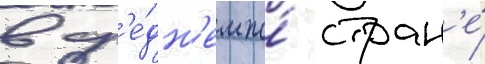
в ср'е́дн'ем по́ стран'е́